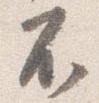
不